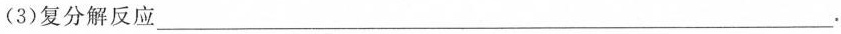
(3)复分解反应___.